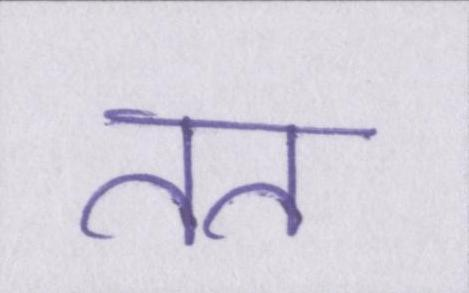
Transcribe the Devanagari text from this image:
तत